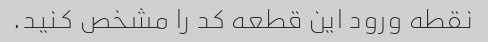
نقطه ورود این قطعه کد را مشخص کنید.